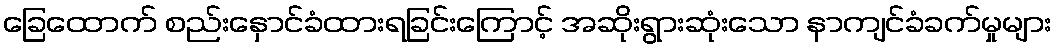
ခြေထောက် စည်းနှောင်ခံထားရခြင်းကြောင့် အဆိုးရွားဆုံးသော နာကျင်ခံခက်မှုများ